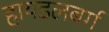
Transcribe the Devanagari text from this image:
हायडलबर्ग